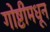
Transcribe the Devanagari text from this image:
गोष्टीमधून